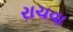
રાચવા